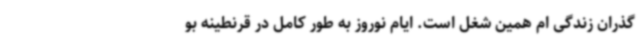
گذران زندگی ام همین شغل است. ایام نوروز به طور کامل در قرنطینه بو